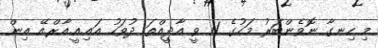
މި ހިނގާ ނޮވެންބަރު މަހުގެ 11 ވީ އާދީއްތަ ދުވަހު އައި.އީ.އާރް.އޭ އިން